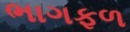
ભાગફળ